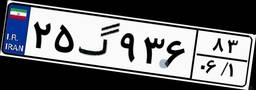
۱۱گ۶۵۱۹۰